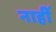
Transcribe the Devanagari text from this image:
नाहीँ